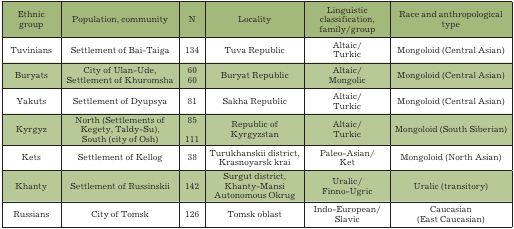
| Ethnic group | Population, community | N | Locality | Linguistic  classification,  family/group | Race and anthropological type |
 | --- | --- | --- | --- | --- | --- |
 | Tuvinians | Settlement of Bai-Taiga | 134 | Tuva Republic | Altaic/Turkic | Mongoloid (Central Asian) |
 | Buryats | City of Ulan-Ude,Settlement of Khuromsha | 6060 | Buryat Republic | Altaic/Mongolic | Mongoloid (Central Asian) |
 | Yakuts | Settlement of Dyupsya | 81 | Sakha Republic | Altaic/Turkic | Mongoloid (Central Asian) |
 | Kyrgyz | North (Settlements of Kegety, Taldy-Su),South (city of Osh) | 85 111 | Republic of Kyrgyzstan | Altaic/Turkic | Mongoloid (South Siberian) |
 | Kets | Settlement of Kellog | 38 | Turukhanskii district,Krasnoyarsk krai | Paleo-Asian/Ket | Mongoloid (North Asian) |
 | Khanty | Settlement of Russinskii | 142 | Surgut district,Khanty-Mansi Autonomous Okrug | Uralic/Finno-Ugric | Uralic (transitory) |
 | Russians | City of Tomsk | 126 | Tomsk oblast | Indo-European/Slavic | Caucasian(East Caucasian) |